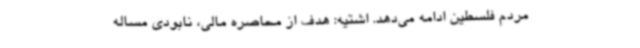
مردم فلسطین ادامه می‌دهد. اشتیه: هدف از محاصره مالی، نابودی مساله